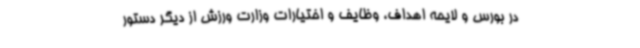
در بورس و لایحه اهداف، وظایف و اختیارات وزارت ورزش از دیگر دستور